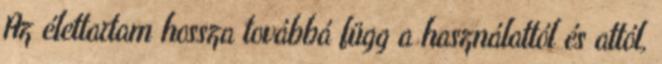
Az élettartam hossza továbbá függ a használattól és attól,